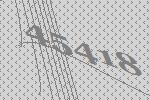
45418